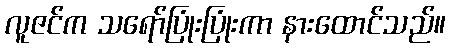
လူဇင်က သရော်ပြုံးပြုံးကာ နားထောင်သည်။